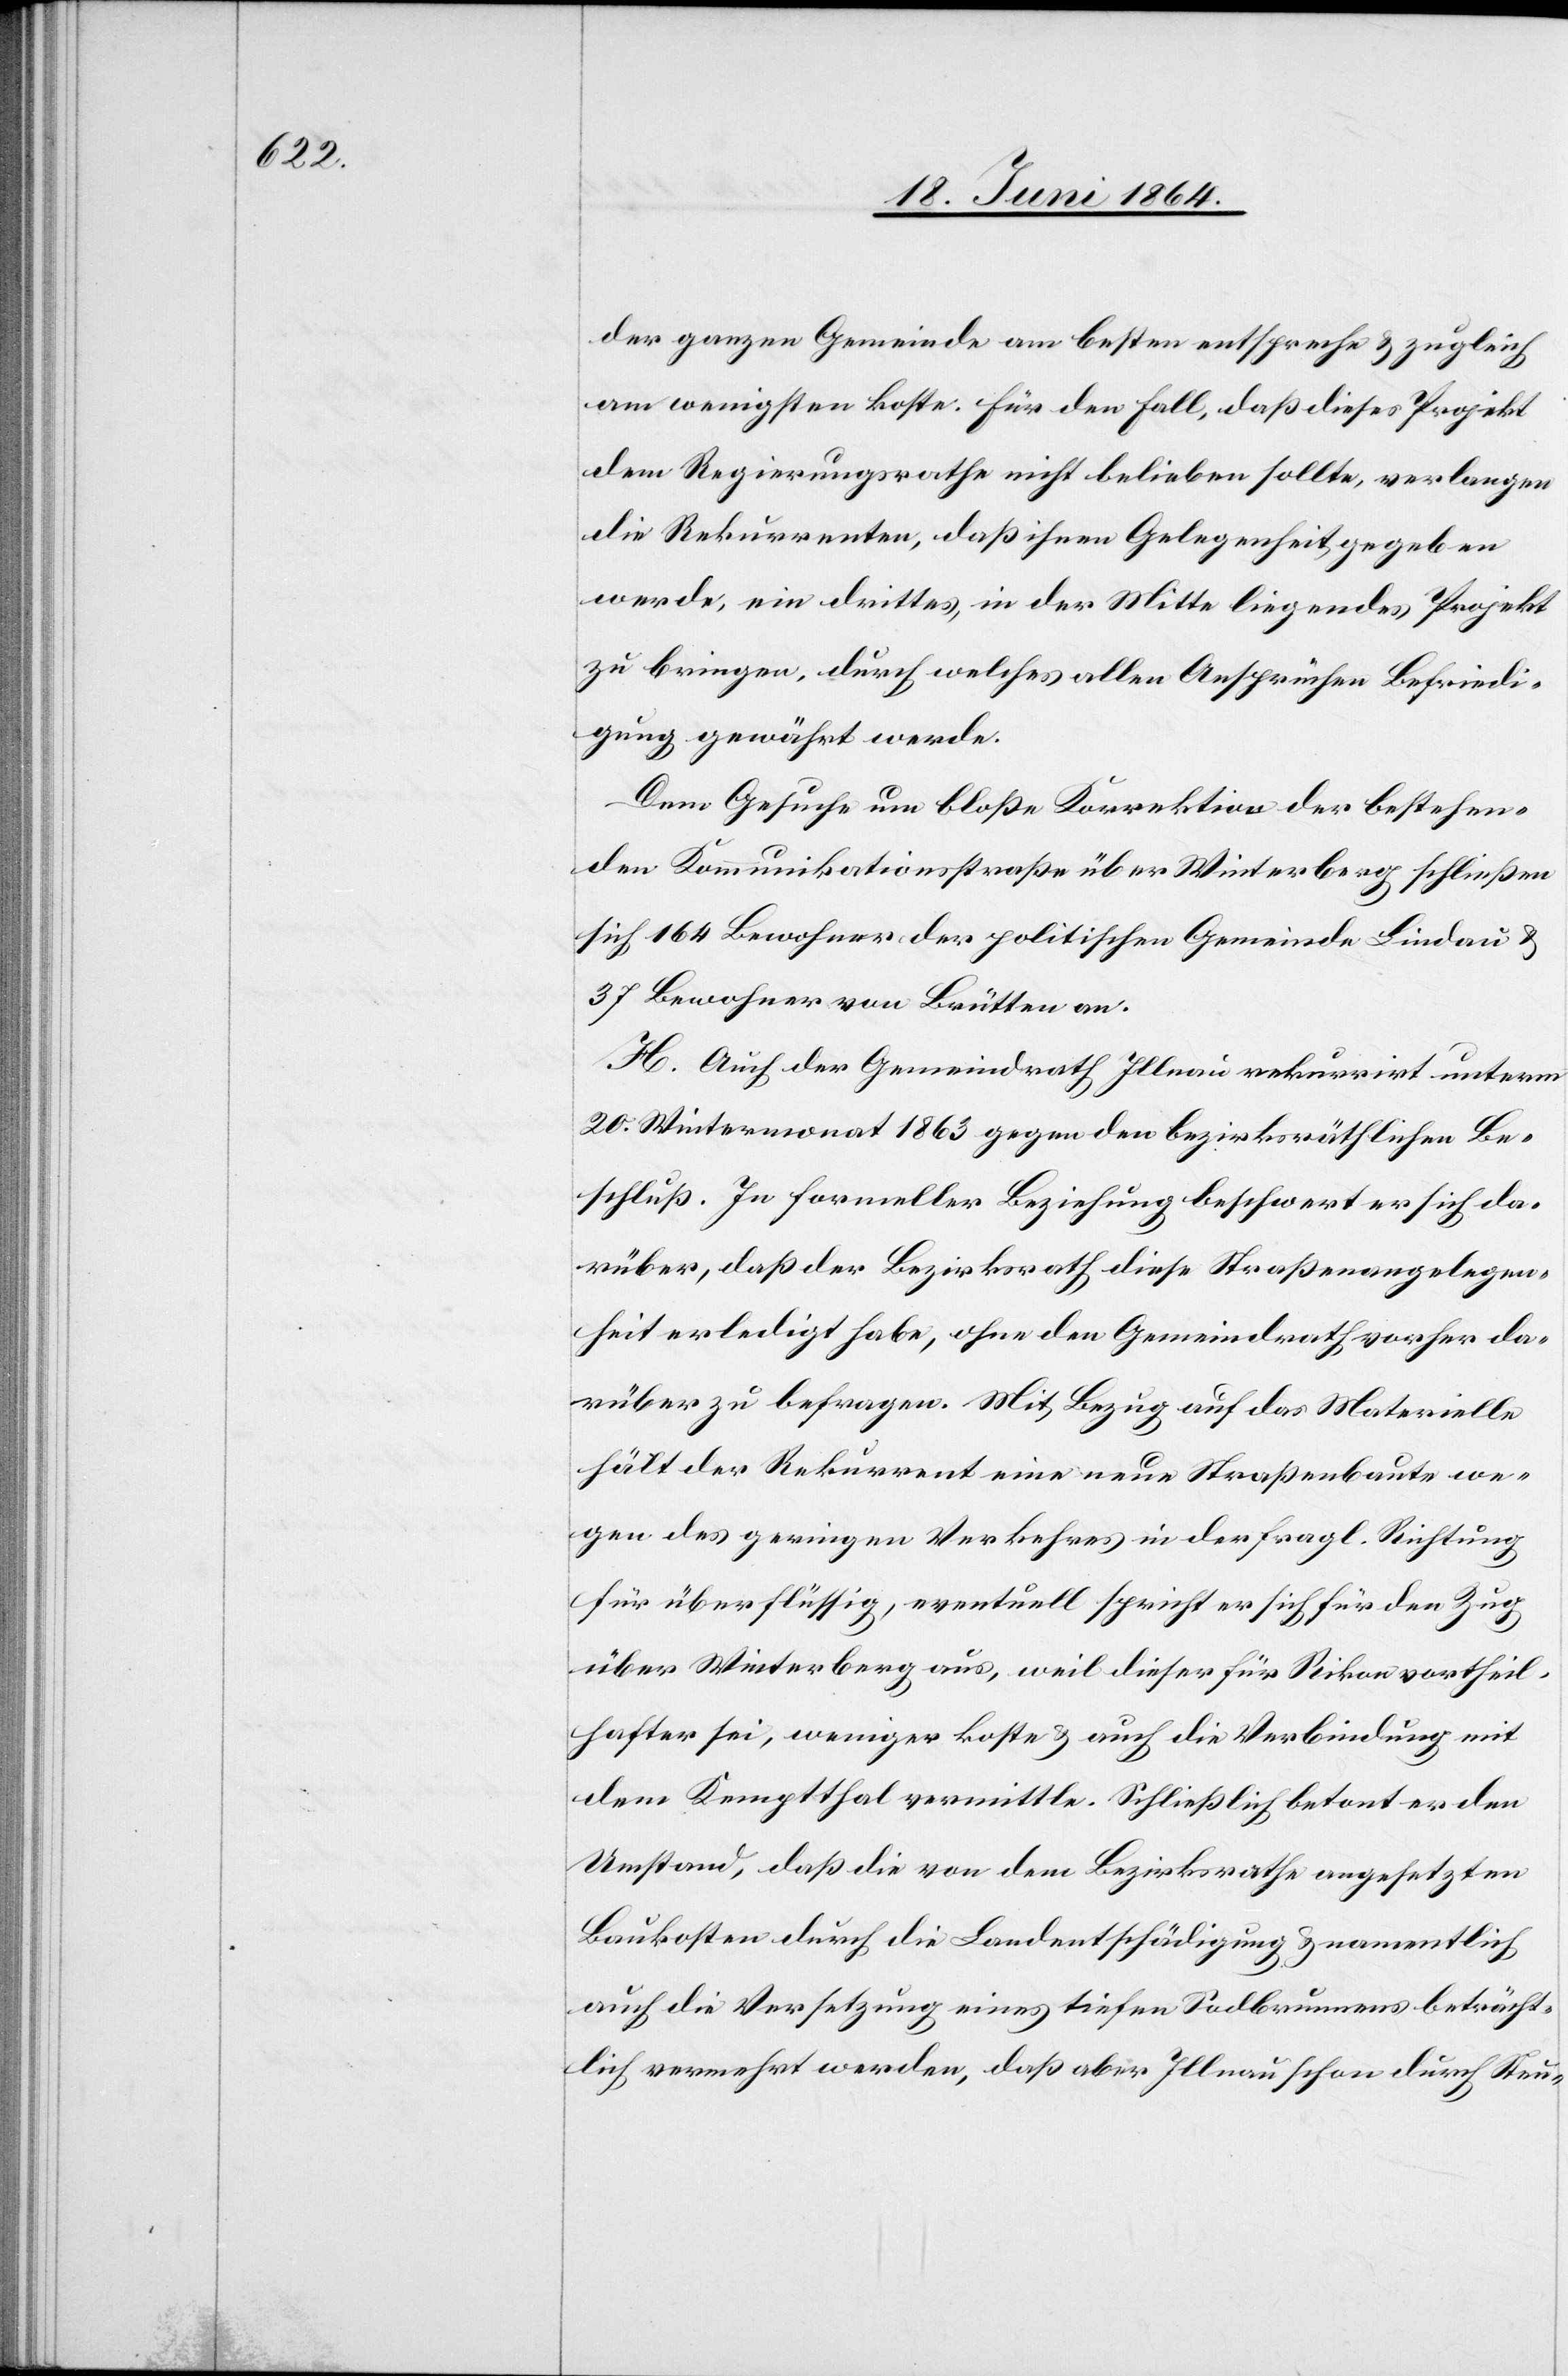
der ganzen Gemeinde am besten entspreche u. zugleich
am wenigsten koste. Für den Fall, daß dieses Projekt
dem Regierungsrathe nicht belieben sollte, verlangen
die Rekurrenten, daß ihnen Gelegenheit gegeben
werde, ein drittes, in der Mitte liegendes Projekt
zu bringen, durch welches allen Ansprüchen Befriedi¬
gung gewährt werde.
Dem Gesuche um bloße Korrektion der bestehen¬
den Kommunikationsstraße über Winterberg schließen
sich 164 Bewohner der politischen Gemeinde Lindau u.
37 Bewohner von Brütten an.
H. Auch der Gemeindrath Illnau rekurrirt unterm
20. Wintermonat 1863 gegen den bezirksräthlichen Be¬
schluß. In formeller Beziehung beschwert er sich da¬
rüber, daß der Bezirksrath diese Straßenangelegen¬
heit erledigt habe, ohne den Gemeindrath vorher da¬
rüber zu befragen. Mit Bezug auf das Materielle
hält der Rekurrent eine neue Straßenbaute we¬
gen des geringen Verkehres in der fragl. Richtung
für überflüssig, eventuell spricht er sich für den Zug
über Winterberg aus, weil dieser für Rikon vortheil¬
hafter sei, weniger koste u. auch die Verbindung mit
dem Kemptthal vermittle. Schließlich betont er den
Umstand, daß die von dem Bezirksrathe angesetzten
Baukosten durch die Landentschädigung u. namentlich
auch die Versetzung eines tiefen Sodbrunnens beträcht¬
lich vermehrt werden, daß aber Illnau schon durch Steu-